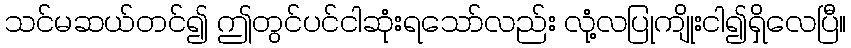
သင်မဆယ်တင်၍ ဤတွင်ပင်ငါဆုံးရသော်လည်း လုံ့လပြုကျိုးငါ၍ရှိလေပြီ။